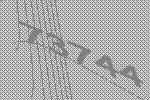
73744